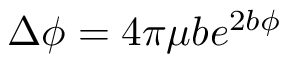
\Delta \phi = 4 \pi \mu b e ^ { 2 b \phi }